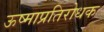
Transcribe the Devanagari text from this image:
ऊष्माप्रतिरोधक